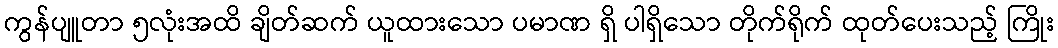
ကွန်ပျူတာ ၅လုံးအထိ ချိတ်ဆက် ယူထားသော ပမာဏ ရှိ ပါရှိသော တိုက်ရိုက် ထုတ်ပေးသည့် ကြိုး